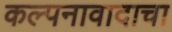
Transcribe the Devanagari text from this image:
कल्पनावादाचा